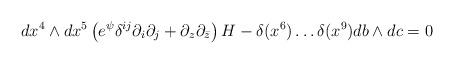
LaTeX: \begin{align*}dx^4\wedge dx^5\left(e^{\psi}\delta^{ij} \partial_i \partial_j +\partial_z\partial_{\bar{z}} \right) H - \delta(x^6)\ldots \delta(x^9) db \wedge dc = 0\end{align*}